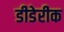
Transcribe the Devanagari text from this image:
डीडेरीक